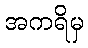
အကရိမှ